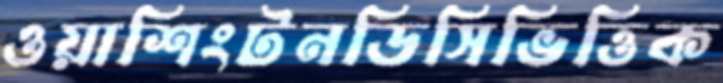
ওয়াশিংটনডিসিভিত্তিক